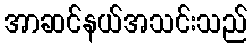
အာဆင်နယ်အသင်းသည်